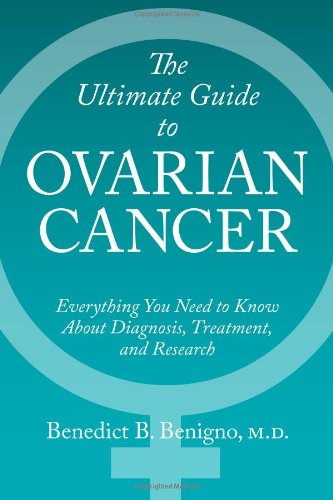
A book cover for The Ultimate Guide to Ovarian Cancer; M. D. Benigno B. Benedict; Medical Books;